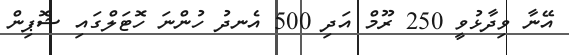
އޭނާ ވިދާޅުވީ 250 ރޫމް އަދި 500 އެނދު ހުންނަ ހޮޓަލްގައި ޝޮޕިން